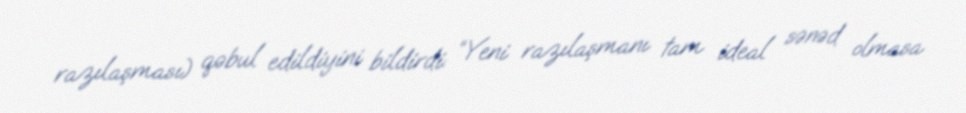
razılaşması) qəbul edildiyini bildirdi: “Yeni razılaşmanı tam ideal sənəd olmasa